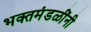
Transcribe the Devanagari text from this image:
भक्तमंडळींनी